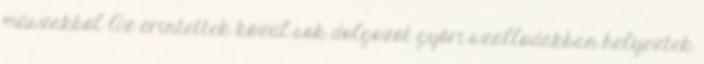
műszakból Az érintettek közül sok dolgozót győri szállodákban helyeztek